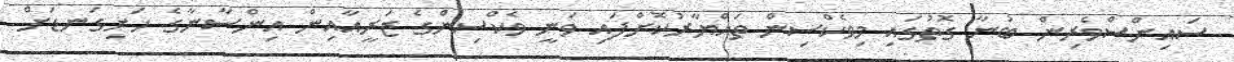
ސައިންސްވެރިން ބުނާ ގޮތުގައި މިވެކްސިން ތައްޔާރުކޮށްފައި ވަނީ ވެކްސިންގެ ޒަރީއާއިން އިންސާނާގެ ހަށިގަނޑަށް